Annual report on the working of the lock hospitals in the North-Western Provinces and Oudh
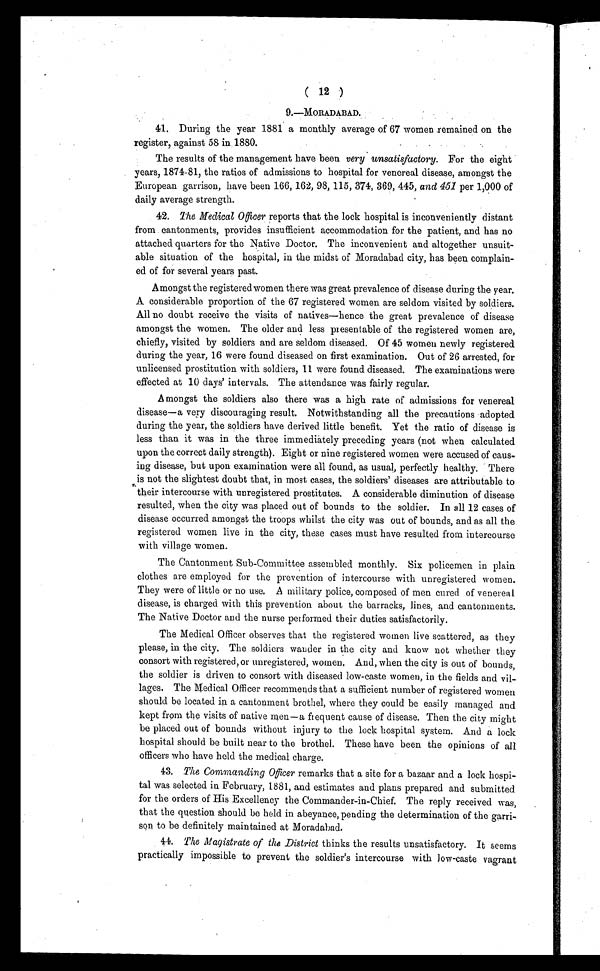
( 12 )
9 . — M O R A D A B A D .
41. During the year 1881 a monthly average of 67 women remained on the
register, against 58 in 1880.
The results of the management have been very unsatisfactory. For the eight
years, 1874-81, the ratios of admissions to hospital for venereal disease, amongst the
European garrison, have been 166, 162, 98, 115, 374, 369, 445, and 451 per 1,000 of
daily average strength.
42. The Medical Officer reports that the lock hospital is inconveniently distant
from cantonments, provides insufficient accommodation for the patient, and has no
attached quarters for the Native Doctor. The inconvenient and altogether unsuit-
able situation of the hospital, in the midst of Moradabad city, has been complain-
ed of for several years past.
Amongst the registered women there was great prevalence of disease during the year.
A considerable proportion of the 67 registered women are seldom visited by soldiers.
All no doubt receive the visits of natives—hence the great prevalence of disease
amongst the women. The older and less presentable of the registered women are,
chiefly, visited by soldiers and are seldom diseased. Of 45 women newly registered
during the year, 16 were found diseased on first examination. Out of 26 arrested, for
unlicensed prostitution with soldiers, 11 were found diseased. The examinations were
effected at 10 days' intervals. The attendance was fairly regular.
Amongst the soldiers also there was a high rate of admissions for venereal
disease—a very discouraging result. Notwithstanding all the precautions adopted
during the year, the soldiers have derived little benefit. Yet the ratio of disease is
less than it was in the three immediately preceding years (not when calculated
upon the correct daily strength). Eight or nine registered women were accused of caus-
ing disease, but upon examination were all found, as usual, perfectly healthy. There
is not the slightest doubt that, in most cases, the soldiers' diseases are attributable to
their intercourse with unregistered prostitutes. A considerable diminution of disease
resulted, when the city was placed out of bounds to the soldier. In all 12 cases of
disease occurred amongst the troops whilst the city was out of bounds, and as all the
registered women live in the city, these cases must have resulted from intercourse
with village women.
The Cantonment Sub-Committee assembled monthly. Six policemen in plain
clothes are employed for the prevention of intercourse with unregistered women.
They were of little or no use. A military police, composed of men cured of venereal
disease, is charged with this prevention about the barracks, lines, and cantonments.
The Native Doctor and the nurse performed their duties satisfactorily.
The Medical Officer observes that the registered women live scattered, as they
please, in the city. The soldiers wander in the city and know not whether they
consort with registered, or unregistered, women. And, when the city is out of bounds,
the soldier is driven to consort with diseased low-caste women, in the fields and vil-
lages. The Medical Officer recommends that a sufficient number of registered women
should be located in a cantonment brothel, where they could be easily managed and
kept from the visits of native men—a frequent cause of disease. Then the city might
be placed out of bounds without injury to the lock hospital system. And a lock
hospital should be built near to the brothel. These have been the opinions of all
officers who have held the medical charge.
43. The Commanding Officer remarks that a site for a bazaar and a lock hospi-
tal was selected in February, 1881, and estimates and plans prepared and submitted
for the orders of His Excellency the Commander-in-Chief. The reply received was,
that the question should be held in abeyance, pending the determination of the
g a r r i - s e n t o b e d e f i n i t e l y m a i n t a i n e d a t M o r a d a b a d .
44. The Magistrate of the District thinks the results unsatisfactory. It seems
practically impossible to prevent the soldier's intercourse with low-caste vagrant